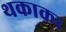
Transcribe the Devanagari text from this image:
थकाकर